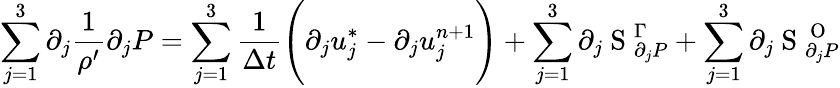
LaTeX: \sum_{j=1}^{3}\partial_{j}\frac{1}{\rho^{\prime}}\partial_{j}P=\sum_{j=1}^{3}\frac{1}{\Delta t}\Bigg(\partial_{j}u_{j}^{*}-\partial_{j}u_{j}^{n+1}\Bigg)+\sum_{j=1}^{3}\partial_{j}\mathrm{~S~}_{\partial_{j}P}^{\Gamma}+\sum_{j=1}^{3}\partial_{j}\mathrm{~S~}_{\partial_{j}P}^{\mathrm{~O~}}